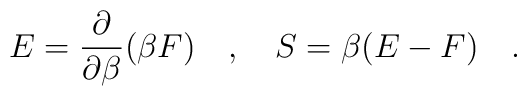
E={\partial \over \partial \beta}(\beta F)~~~,~~~S=\beta(E-F)~~~.